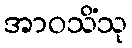
အာဝသိံသု